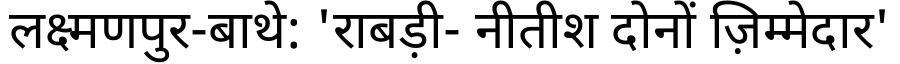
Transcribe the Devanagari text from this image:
लक्ष्मणपुर-बाथे: 'राबड़ी- नीतीश दोनों ज़िम्मेदार'